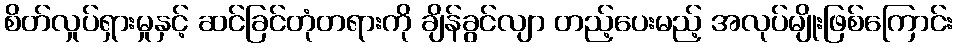
စိတ်လှုပ်ရှားမှုနှင့် ဆင်ခြင်တုံတရားကို ချိန်ခွင်လျာ တည့်ပေးမည့် အလုပ်မျိုးဖြစ်ကြောင်း